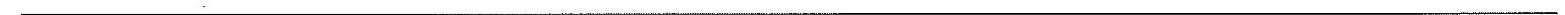
___